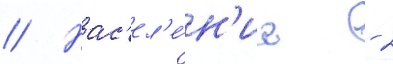
// Нас'ел'е́н'ие - 2